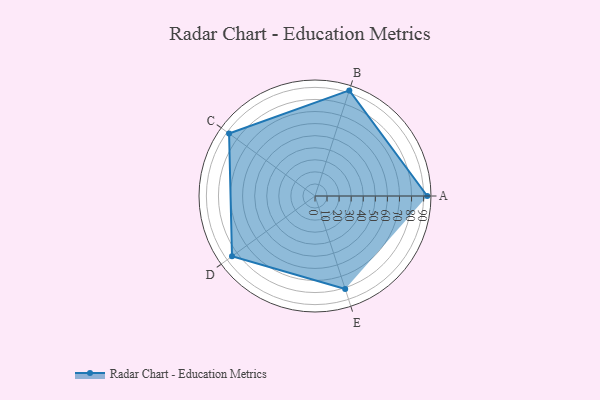
{"axis": {"x": "Skill", "y": "Score"}, "legend": ["Profile"], "data": [{"x": "A", "y": 93.0, "type": "Profile"}, {"x": "B", "y": 92.0, "type": "Profile"}, {"x": "C", "y": 88.0, "type": "Profile"}, {"x": "D", "y": 85.0, "type": "Profile"}, {"x": "E", "y": 81.0, "type": "Profile"}]}